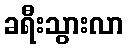
ခရီးသွားလာ